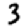
Digit: 3